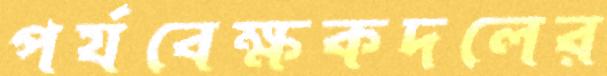
পর্যবেক্ষকদলের